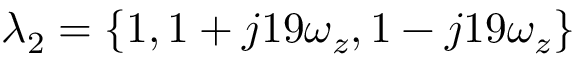
\lambda _ { 2 } = \left\{ 1 , 1 + j 1 9 \omega _ { z } , 1 - j 1 9 \omega _ { z } \right\}